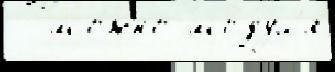
  мо́жно мо́дул'я